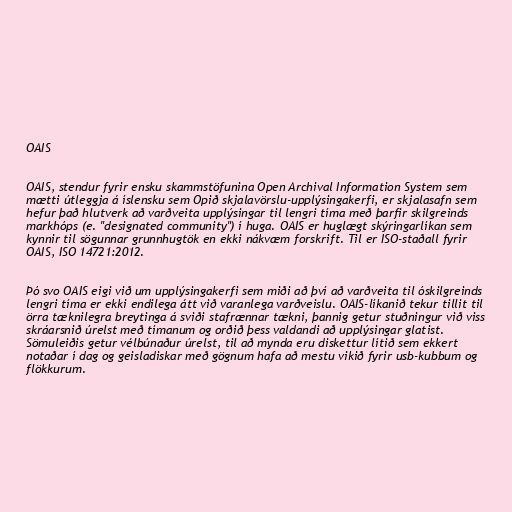
OAIS

OAIS, stendur fyrir ensku skammstöfunina Open Archival Information System sem
mætti útleggja á íslensku sem Opið skjalavörslu-upplýsingakerfi, er skjalasafn sem
hefur það hlutverk að varðveita upplýsingar til lengri tíma með þarfir skilgreinds
markhóps (e. "designated community") í huga. OAIS er huglægt skýringarlíkan sem
kynnir til sögunnar grunnhugtök en ekki nákvæm forskrift. Til er ISO-staðall fyrir
OAIS, ISO 14721:2012.

Þó svo OAIS eigi við um upplýsingakerfi sem miði að því að varðveita til óskilgreinds
lengri tíma er ekki endilega átt við varanlega varðveislu. OAIS-líkanið tekur tillit til
örra tæknilegra breytinga á sviði stafrænnar tækni, þannig getur stuðningur við viss
skráarsnið úrelst með tímanum og orðið þess valdandi að upplýsingar glatist.
Sömuleiðis getur vélbúnaður úrelst, til að mynda eru diskettur lítið sem ekkert
notaðar í dag og geisladiskar með gögnum hafa að mestu vikið fyrir usb-kubbum og
flökkurum.